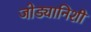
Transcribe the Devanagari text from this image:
जोड्यानिशी